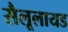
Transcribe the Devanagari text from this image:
सैलूलायड